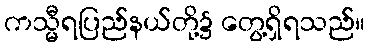
ကသ္မီရပြည်နယ်တို့၌ တွေ့ရှိရသည်။